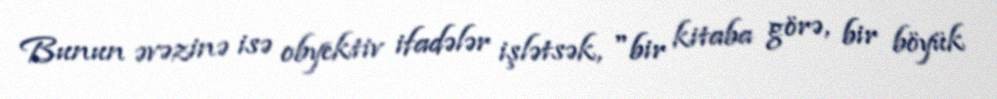
Bunun əvəzinə isə obyektiv ifadələr işlətsək, "bir kitaba görə, bir böyük